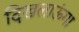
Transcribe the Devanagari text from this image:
दिखलाऊंगा